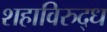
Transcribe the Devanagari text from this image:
शहाविरुद्ध